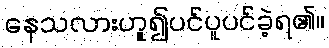
နေသလားဟူ၍ပင်ပူပင်ခဲ့ရ၏။